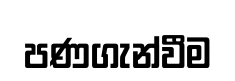
පණගැන්වීම